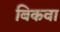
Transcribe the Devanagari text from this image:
बिकवा